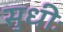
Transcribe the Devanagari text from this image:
सुधीः